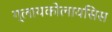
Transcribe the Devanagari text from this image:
ग्लायकोलायसिस